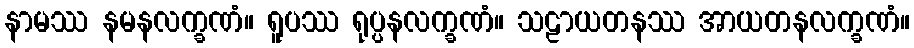
နာမဿ နမနလက္ခဏံ။ ရူပဿ ရုပ္ပနလက္ခဏံ။ သဠာယတနဿ အာယတနလက္ခဏံ။